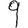
Digit: 9